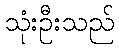
သုံးဦးသည်